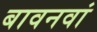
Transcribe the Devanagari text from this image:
बावनवां